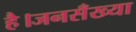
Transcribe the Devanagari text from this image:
है।जनसँख्या